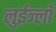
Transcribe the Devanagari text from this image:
लुईज्लाँ